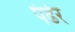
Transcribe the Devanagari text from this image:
पंढेर